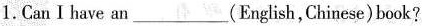
1.Can I have an___(English, Chinese)book?